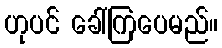
ဟုပင် ခေါ်ကြပေမည်။